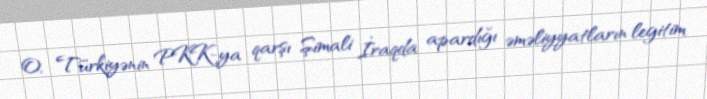
O, Türkiyənin PKK-ya qarşı Şimali İraqda apardığı əməliyyatların legitim